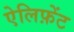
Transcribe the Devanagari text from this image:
ऐलिफ़ेंट